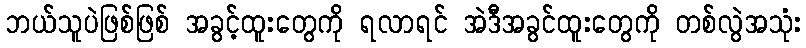
ဘယ်သူပဲဖြစ်ဖြစ် အခွင့်ထူးတွေကို ရလာရင် အဲဒီအခွင်ထူးတွေကို တစ်လွဲအသုံး